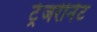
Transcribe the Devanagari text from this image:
ट्रेजरीनेट